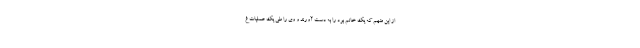
از این متهم که یک خانم بود را به دست آورند و وی را طی یک عملیات غ